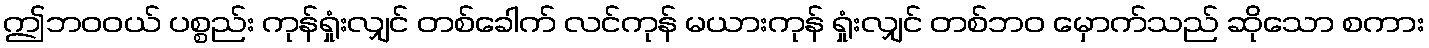
ဤဘဝဝယ် ပစ္စည်း ကုန်ရှုံးလျှင် တစ်ခေါက် လင်ကုန် မယားကုန် ရှုံးလျှင် တစ်ဘဝ မှောက်သည် ဆိုသော စကား